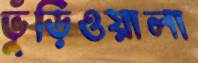
ভুঁড়িওয়ালা